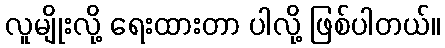
လူမျိုးလို့ ရေးထားတာ ပါလို့ ဖြစ်ပါတယ်။